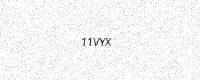
Text: 11VYX